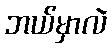
ဘယ်မှာလဲ